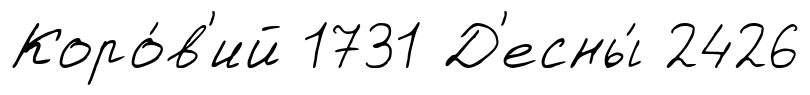
Коро́в'ий 1731 Д'есны́ 2426